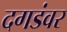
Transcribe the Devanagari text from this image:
दगडंवर